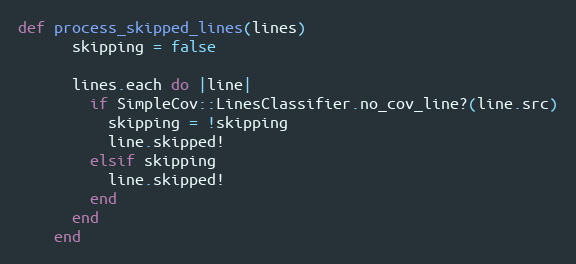
Language: Ruby
def process_skipped_lines(lines)
      skipping = false

      lines.each do |line|
        if SimpleCov::LinesClassifier.no_cov_line?(line.src)
          skipping = !skipping
          line.skipped!
        elsif skipping
          line.skipped!
        end
      end
    end